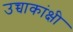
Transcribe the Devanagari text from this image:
उच्चाकांक्षी